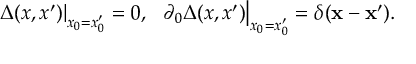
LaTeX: \left. \Delta ( x , x ^ { \prime } ) \right| _ { x _ { 0 } = x _ { 0 } ^ { \prime } } = 0 , \; \; \left. \partial _ { 0 } \Delta ( x , x ^ { \prime } ) \right| _ { x _ { 0 } = x _ { 0 } ^ { \prime } } = \delta ( { \bf x } - { \bf x } ^ { \prime } ) .